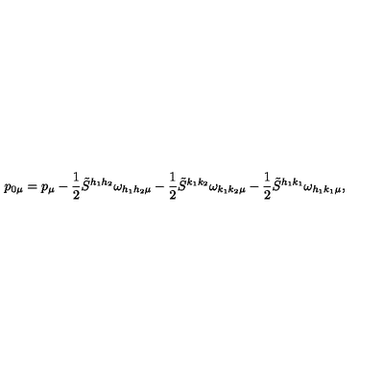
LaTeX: p _ { 0 \mu } = p _ { \mu } - \frac { 1 } { 2 } \tilde { S } ^ { h _ { 1 } h _ { 2 } } \omega _ { h _ { 1 } h _ { 2 } \mu } - \frac { 1 } { 2 } \tilde { S } ^ { k _ { 1 } k _ { 2 } } \omega _ { k _ { 1 } k _ { 2 } \mu } - \frac { 1 } { 2 } \tilde { S } ^ { h _ { 1 } k _ { 1 } } \omega _ { h _ { 1 } k _ { 1 } \mu } ,